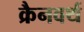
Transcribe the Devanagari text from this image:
क्रैनवर्थ